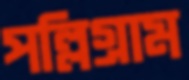
পল্লিগ্রাম